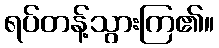
ရပ်တန့်သွားကြ၏။